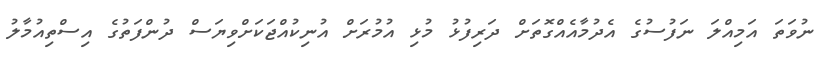
ނުވަތަ އަމިއްލަ ނަފުސުގެ އެދުމާއެއްގޮތަށް ދަރިފުޅު މުޅި އުމުރަށް އުނިކުއްޖަކަށްވިޔަސް ދުންފަތުގެ އިސްތިއުމާލު